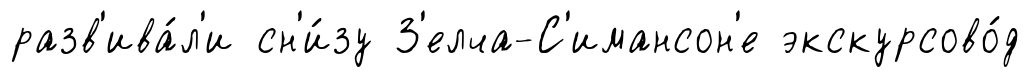
разв'ива́л'и сн'и́зу З'елча-С'имансон'е экскурсово́д